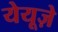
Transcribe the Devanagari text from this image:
येयूज़े